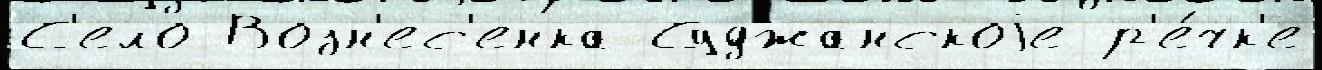
С'ело Возн'ес'енка Суджанскоjе р'е́чк'е